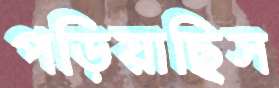
পড়িয়াছিস